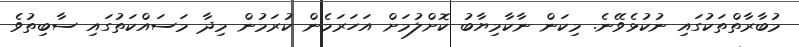
މުބާރާތްތަކުގައި ނުކުޅެވޭނެ. މިކަން ނާކާމިޔާބު ކޮށްލުމަށް އަހަރަމެން ކުރަމުން މިދާ މަސައްކަތުގައި ސާބިތުވެ